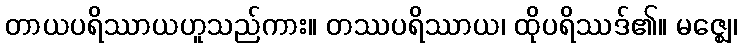
တာယပရိဿာယဟူသည်ကား။ တဿပရိဿာယ၊ ထိုပရိဿဒ်၏။ မဇ္ဈေ၊